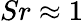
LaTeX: Sr\approx 1